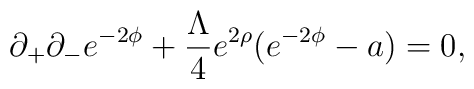
\partial_{+}\partial_{-}e^{-2\phi}     +\frac{\Lambda}{4}e^{2\rho}     (e^{-2\phi}-a)=0,